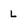
Character: L